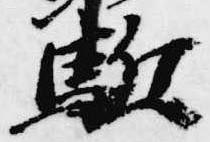
駈